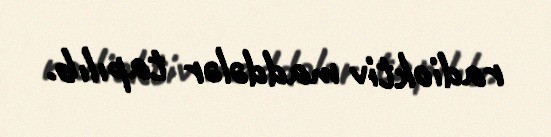
radioktiv maddələr tapılıb.